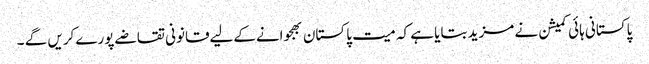
پاکستانی ہائی کمیشن نے مزید بتایا ہے کہ میت پاکستان بھجوانےکےلیےقانونی تقاضےپورےکریں گے ۔